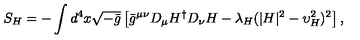
S _ { H } = - \int d ^ { 4 } x \sqrt { - \bar { g } } \left[ \bar { g } ^ { \mu \nu } D _ { \mu } H ^ { \dagger } D _ { \nu } H - \lambda _ { H } ( | H | ^ { 2 } - \upsilon _ { H } ^ { 2 } ) ^ { 2 } \right] ,